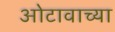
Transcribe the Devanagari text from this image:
ओटावाच्या